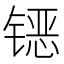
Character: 𰾪